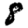
Digit: 8